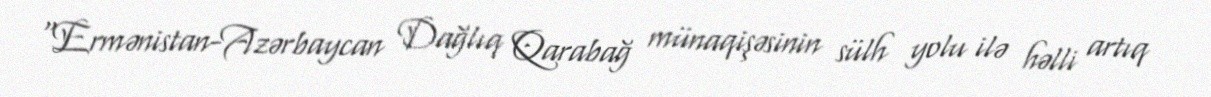
“Ermənistan-Azərbaycan Dağlıq Qarabağ münaqişəsinin sülh yolu ilə həlli artıq